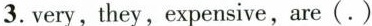
3.very,they, expensive,are(. )